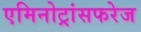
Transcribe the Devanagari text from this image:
एमिनोट्रांसफरेज